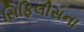
સિફિલીસના